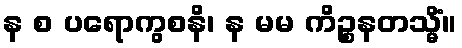
န စ ပရောကွစနိ၊ န မမ ကိဉ္စနတသ္မိံ။